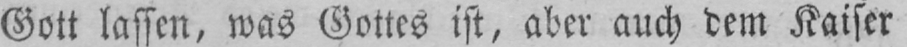
Gott lassen, was Gottes ist, aber auch dem Kaiser